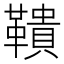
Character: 鞼